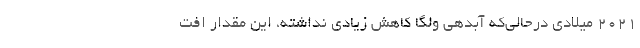
۲۰۲۱ میلادی درحالی‌که آبدهی ولگا کاهش زیادی نداشته، این مقدار افت